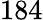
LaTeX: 184